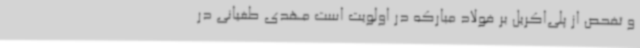
و تفحص از پلی‌اکریل بر فولاد مبارکه در اولویت است مهدی طغیانی در